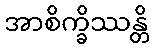
အာစိက္ခိဿန္တိ